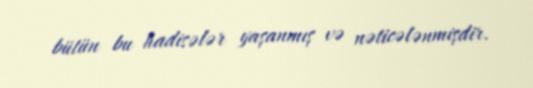
bütün bu hadisələr yaşanmış və nəticələnmişdir.